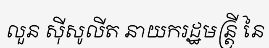
លួន ស៊ីសូលីត នាយករដ្ឋមន្ត្រី នៃ